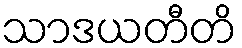
သာဒယတီတိ